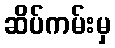
ဆိပ်ကမ်းမှ